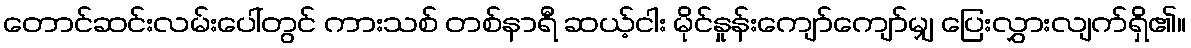
တောင်ဆင်းလမ်းပေါ်တွင် ကားသစ် တစ်နာရီ ဆယ့်ငါး မိုင်နှုန်းကျော်ကျော်မျှ ပြေးလွှားလျက်ရှိ၏။